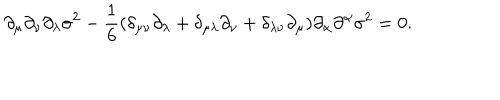
\partial _ { \mu } \partial _ { \nu } \partial _ { \lambda } \sigma ^ { 2 } - \frac { 1 } { 6 } ( \delta _ { \mu \nu } \partial _ { \lambda } + \delta _ { \mu \lambda } \partial _ { \nu } + \delta _ { \lambda \nu } \partial _ { \mu } ) \partial _ { \alpha } \partial ^ { \alpha } \sigma ^ { 2 } = 0 .